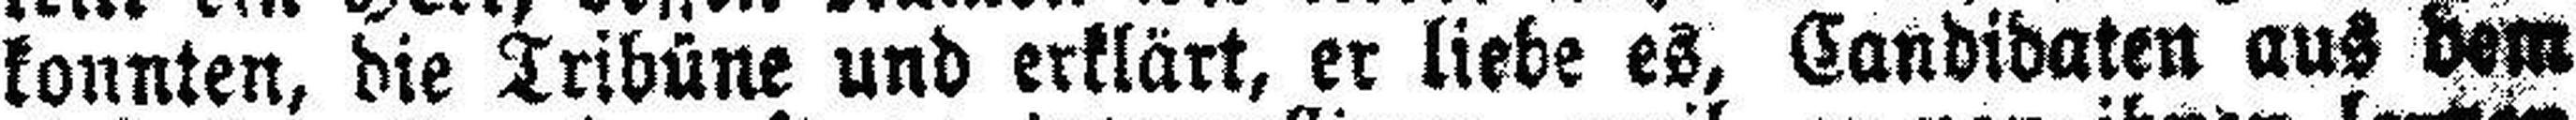
konnten, die Tribüne und erklärt, er liebe es, Candidaten aus dem